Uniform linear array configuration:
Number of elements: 12
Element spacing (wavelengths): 0.25
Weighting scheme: hamming
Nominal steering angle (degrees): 30
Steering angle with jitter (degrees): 31.886
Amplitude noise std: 0.05
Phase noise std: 0.05

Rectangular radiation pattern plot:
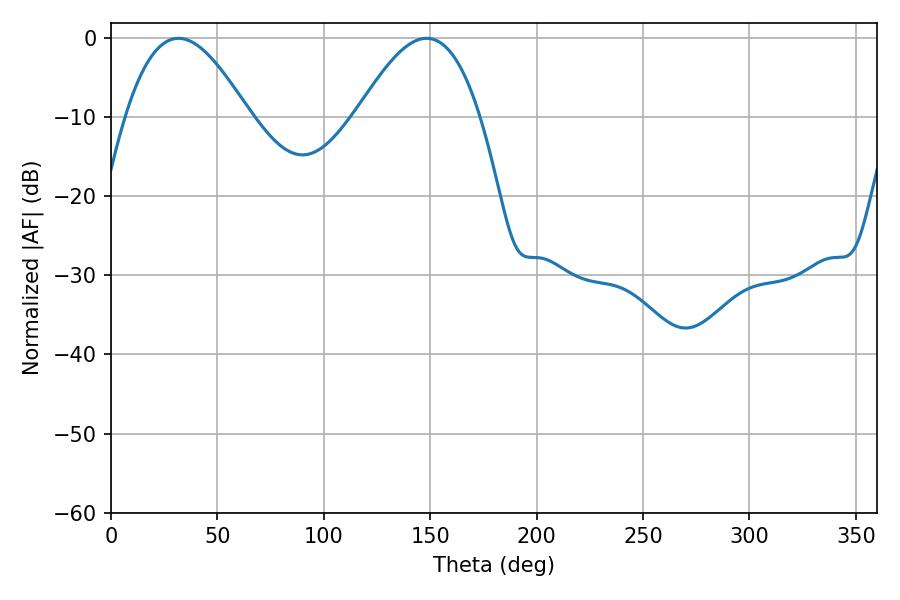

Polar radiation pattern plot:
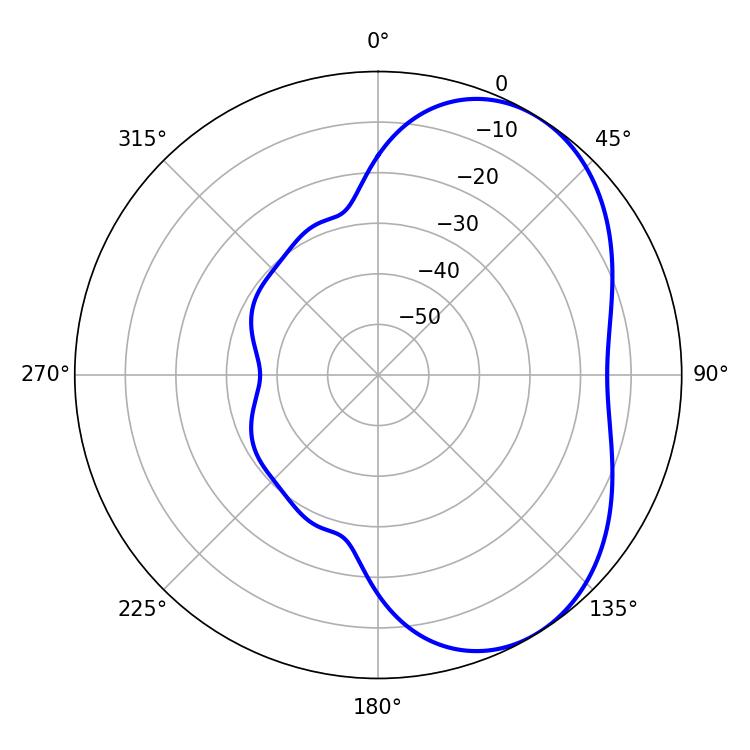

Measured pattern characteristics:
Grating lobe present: FALSE
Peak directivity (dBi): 4.699
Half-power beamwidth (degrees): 31.5
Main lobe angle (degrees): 31.68